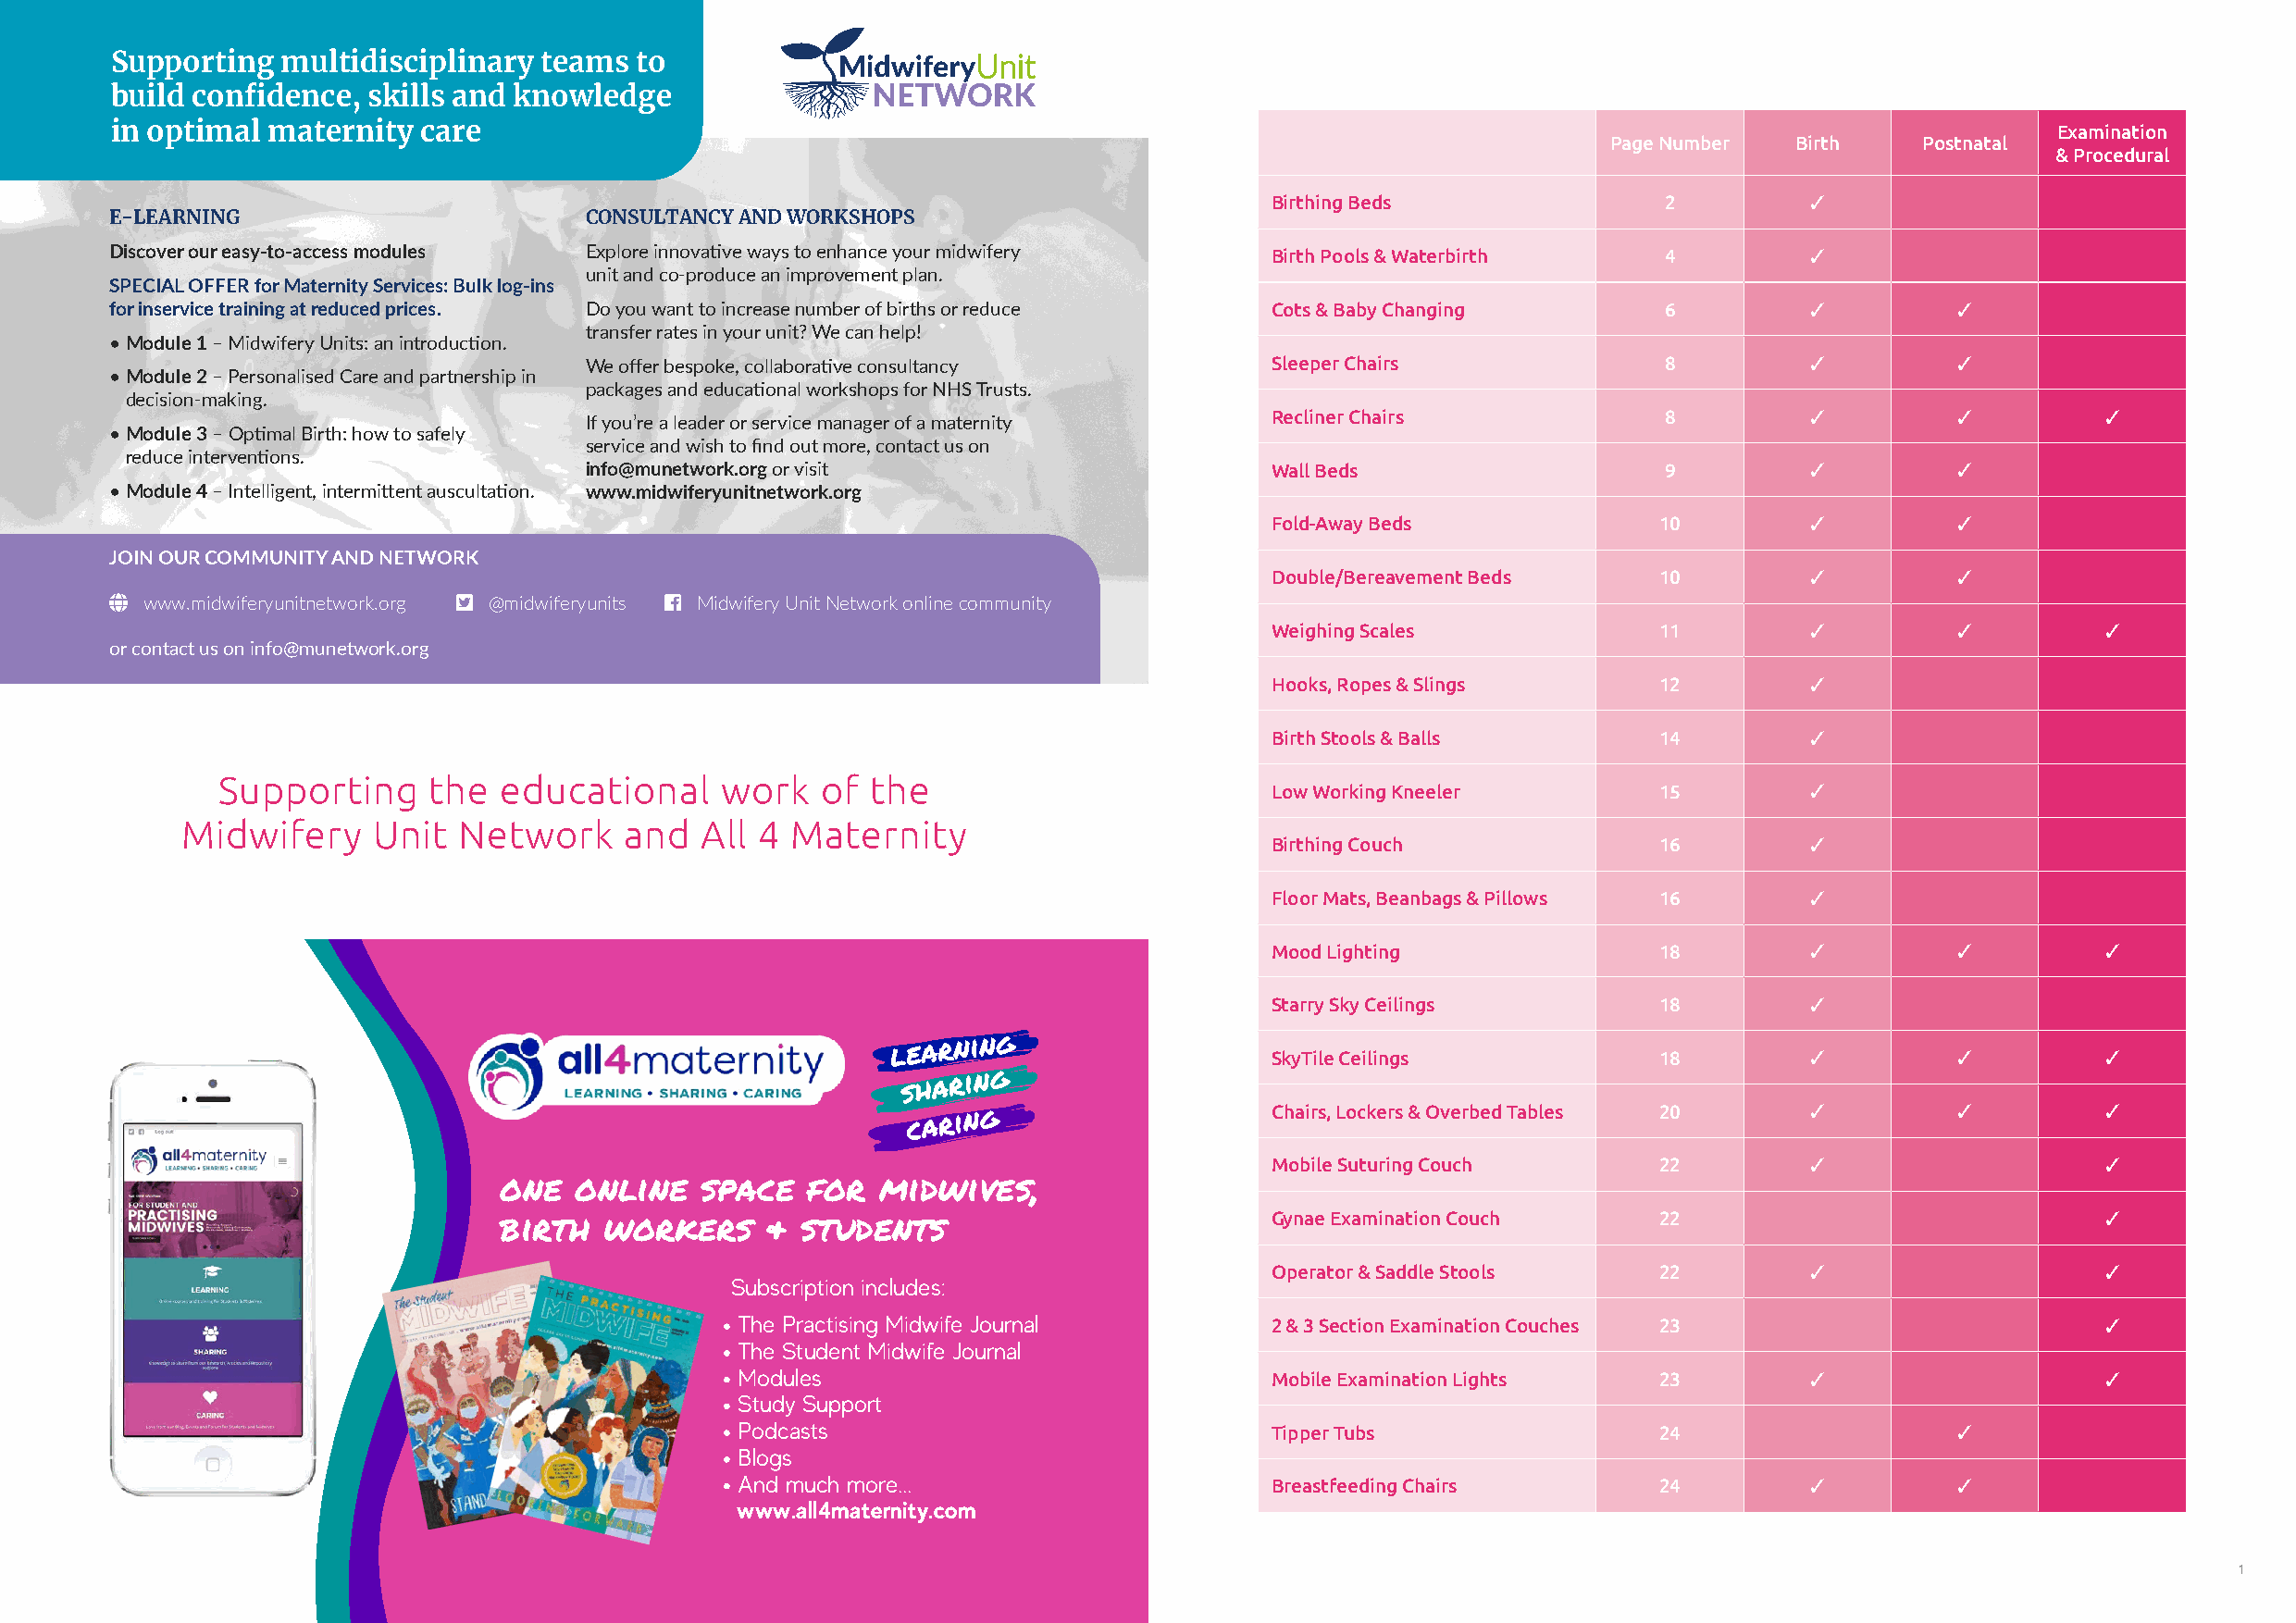
Supporting  multidisciplinary  teams to
 build confidence, skills and knowledge
 in optimal maternity  care                                                                                                                 Examination
 Page Number  Birth    Postnatal
 & Procedural
 Birthing Beds               2         ✓
 E-LEARNING                        CONSULTANCY AND WORKSHOPS
 Discover our easy-to-access modules Explore innovative ways to enhance your midwifery Birth Pools & Waterbirth 4         ✓
 unit and co-produce an improvement plan.
 SPECIAL OFFER for Maternity Services: Bulk log-ins
 for inservice training at reduced prices. Do you want to increase number of births or reduce Cots & Baby Changing 6      ✓          ✓
 transfer rates in your unit? We can help!
 • Module 1 – Midwifery Units: an introduction.
 We offer bespoke, collaborative consultancy      Sleeper Chairs              8         ✓          ✓
 • Module 2 – Personalised Care and partnership in
 packages and educational workshops for NHS Trusts.
 decision-making.
 Recliner Chairs             8         ✓          ✓          ✓
 If you’re a leader or service manager of a maternity
 • Module 3 – Optimal Birth: how to safely
 service and wish to find out more, contact us on
 reduce interventions.
 info@munetwork.org or visit                      Wall Beds                   9         ✓          ✓
 • Module 4 – Intelligent, intermittent auscultation. www.midwiferyunitnetwork.org
 Fold-Away Beds              10        ✓          ✓
 JOIN OUR COMMUNITY AND NETWORK
 Double/Bereavement Beds     10        ✓          ✓
 Globe www.midwiferyunitnetwork.org � @midwiferyunits � M idwifery Unit Network online community
 Weighing Scales             11        ✓          ✓          ✓
 or contact us on info@munetwork.org
 Hooks, Ropes & Slings       12        ✓
 Birth Stools & Balls        14        ✓
 Supporting     the  educational     work   of the
 Low Working Kneeler         15        ✓
 Midwifery     Unit  Network     and  All 4  Maternity
 Birthing Couch              16        ✓
 Floor Mats, Beanbags & Pillows 16     ✓
 Mood Lighting               18        ✓          ✓          ✓
 Starry Sky Ceilings         18        ✓
 learning
 SkyTile Ceilings            18        ✓          ✓          ✓
 sharing
 caring                    Chairs, Lockers & Overbed Tables 20   ✓          ✓          ✓
 Mobile Suturing Couch       22        ✓                     ✓
 one  online   space   for  midwives,
 Gynae Examination Couch     22                              ✓
 birth  workers     & students
 Operator & Saddle Stools    22        ✓                     ✓
 Subscription includes:
 The Practising Midwife Journal        2 & 3 Section Examination Couches 23                        ✓
 The Student Midwife Journal
 Modules                               Mobile Examination Lights   23        ✓                     ✓
 Study Support
 Podcasts                              Tipper Tubs                 24                   ✓
 Blogs
 And much more...                      Breastfeeding Chairs        24        ✓          ✓
 www.all4maternity.com
 1